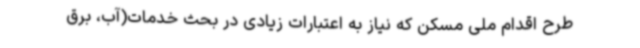
طرح اقدام ملی مسکن که نیاز به اعتبارات زیادی در بحث خدمات(آب، برق